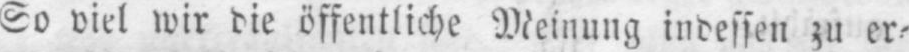
So viel wir die öffentliche Meinung indessen zu er⸗